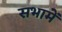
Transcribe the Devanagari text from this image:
सभामें